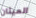
الميثان